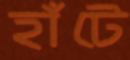
হাঁটে